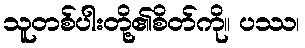
သူတစ်ပါးတို့၏စိတ်ကို။ ပဿ၊